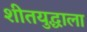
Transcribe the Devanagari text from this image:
शीतयुद्धाला